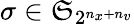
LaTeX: \sigma\in\mathfrak{S}_{2^{n_{x}+n_{v}}}